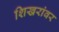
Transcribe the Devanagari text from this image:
शिखरांवर